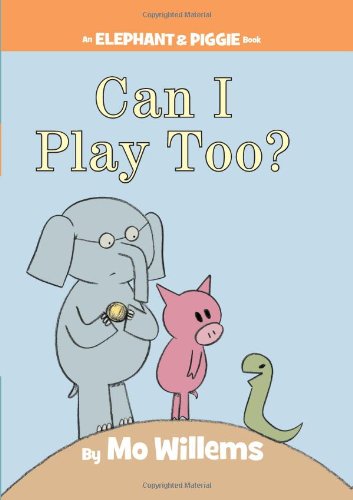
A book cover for Can I Play Too? (An Elephant and Piggie Book); Mo Willems; Children's Books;